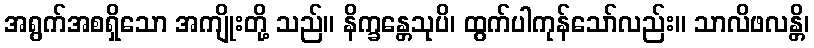
အရွက်အစရှိသော အကျိုးတို့ သည်။ နိက္ခန္တေသုပိ၊ ထွက်ပါကုန်သော်လည်း။ သာလိဖလန္တိ၊